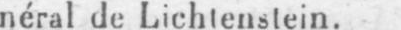
néral de Lichtenstein.